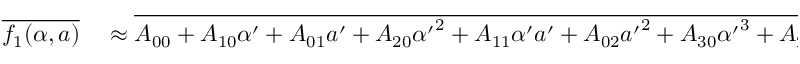
\begin{array} { r l } { \overline { { f _ { 1 } ( \alpha , a ) } } } & { { } \approx \overline { { A _ { 0 0 } + A _ { 1 0 } \alpha ^ { \prime } + A _ { 0 1 } a ^ { \prime } + A _ { 2 0 } { \alpha ^ { \prime } } ^ { 2 } + A _ { 1 1 } \alpha ^ { \prime } a ^ { \prime } + A _ { 0 2 } { a ^ { \prime } } ^ { 2 } + A _ { 3 0 } { \alpha ^ { \prime } } ^ { 3 } + A _ { 2 1 } { \alpha ^ { \prime } } ^ { 2 } a ^ { \prime } + A _ { 1 2 } \alpha ^ { \prime } { a ^ { \prime } } ^ { 2 } + A _ { 0 3 } { \alpha ^ { \prime } } ^ { 3 } } } } \end{array}